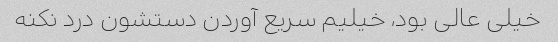
خیلی عالی بود، خیلیم سریع آوردن دستشون درد نکنه